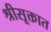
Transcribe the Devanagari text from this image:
श्रीसूक्तात